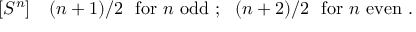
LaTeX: [ S ^ { n } ] ~ ~ ~ ( n + 1 ) / 2 ~ ~ \mathrm { f o r } ~ n ~ \mathrm { o d d } ~ ; ~ ~ ( n + 2 ) / 2 ~ ~ \mathrm { f o r } { } ~ n ~ \mathrm { e v e n } ~ .